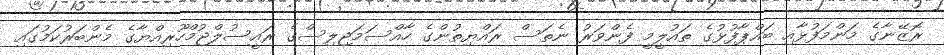
ރޮޒޭނާގެ މަންމަފުޅާއި ބައްޕާފުޅުގެ ތައުލީމީ ފެންވަރު ނެތަސް ރައްޔިތުންގެ ހާއްސަމަޖިލިސްގެ ރައީސުލްޖުމްހޫރިއްޔާގެ މެންބަރުކަމުގައި